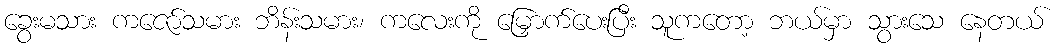
ခွေးမသား ကဇော်သမား ဘိန်းသမား၊ ကလေးကို မြှောက်ပေးပြီး သူကတော့ ဘယ်မှာ သွားသေ နေတယ်